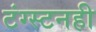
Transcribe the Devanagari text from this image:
टंग्स्टनही